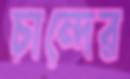
চান্দের